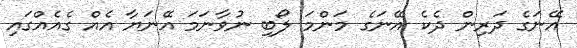
އޭނަގެ ދަރިން ދެކެ އޭނަގެ މަންމަ ލޯބި ނުވާނަމަ އޭނަޔާ އެއް ގެއެއްގައި